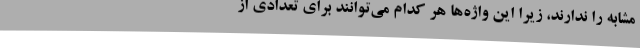
مشابه را ندارند، زیرا این واژه‌ها هر کدام می‌توانند برای تعدادی از